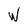
Character: w